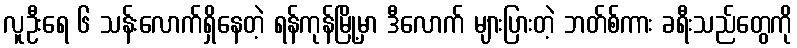
လူဦးရေ ၆ သန်းလောက်ရှိနေတဲ့ ရန်ကုန်မြို့မှာ ဒီလောက် များပြားတဲ့ ဘတ်စ်ကား ခရီးသည်တွေကို